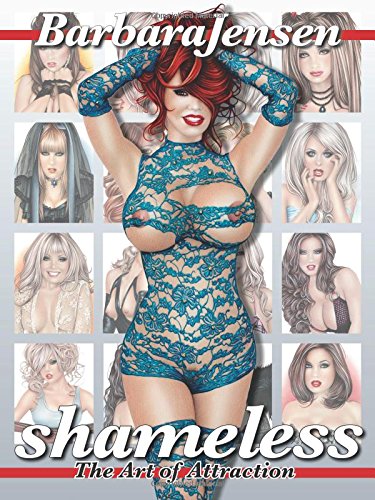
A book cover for Shameless - by B. Jensen; Barbara Jensen; Arts & Photography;